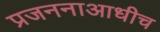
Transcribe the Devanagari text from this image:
प्रजननाआधीच